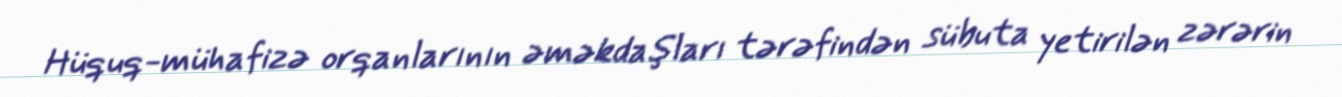
Hüquq-mühafizə orqanlarının əməkdaşları tərəfindən sübuta yetirilən zərərin